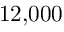
1 2 { , } 0 0 0